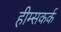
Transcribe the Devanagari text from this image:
हीम्सकर्क